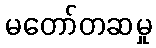
မတော်တဆမှု